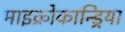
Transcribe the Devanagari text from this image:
माइक्रोकान्ड्रिया